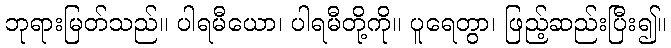
ဘုရားမြတ်သည်။ ပါရမီယော၊ ပါရမီတို့ကို။ ပူရေတွာ၊ ဖြည့်ဆည်းပြီး၍။